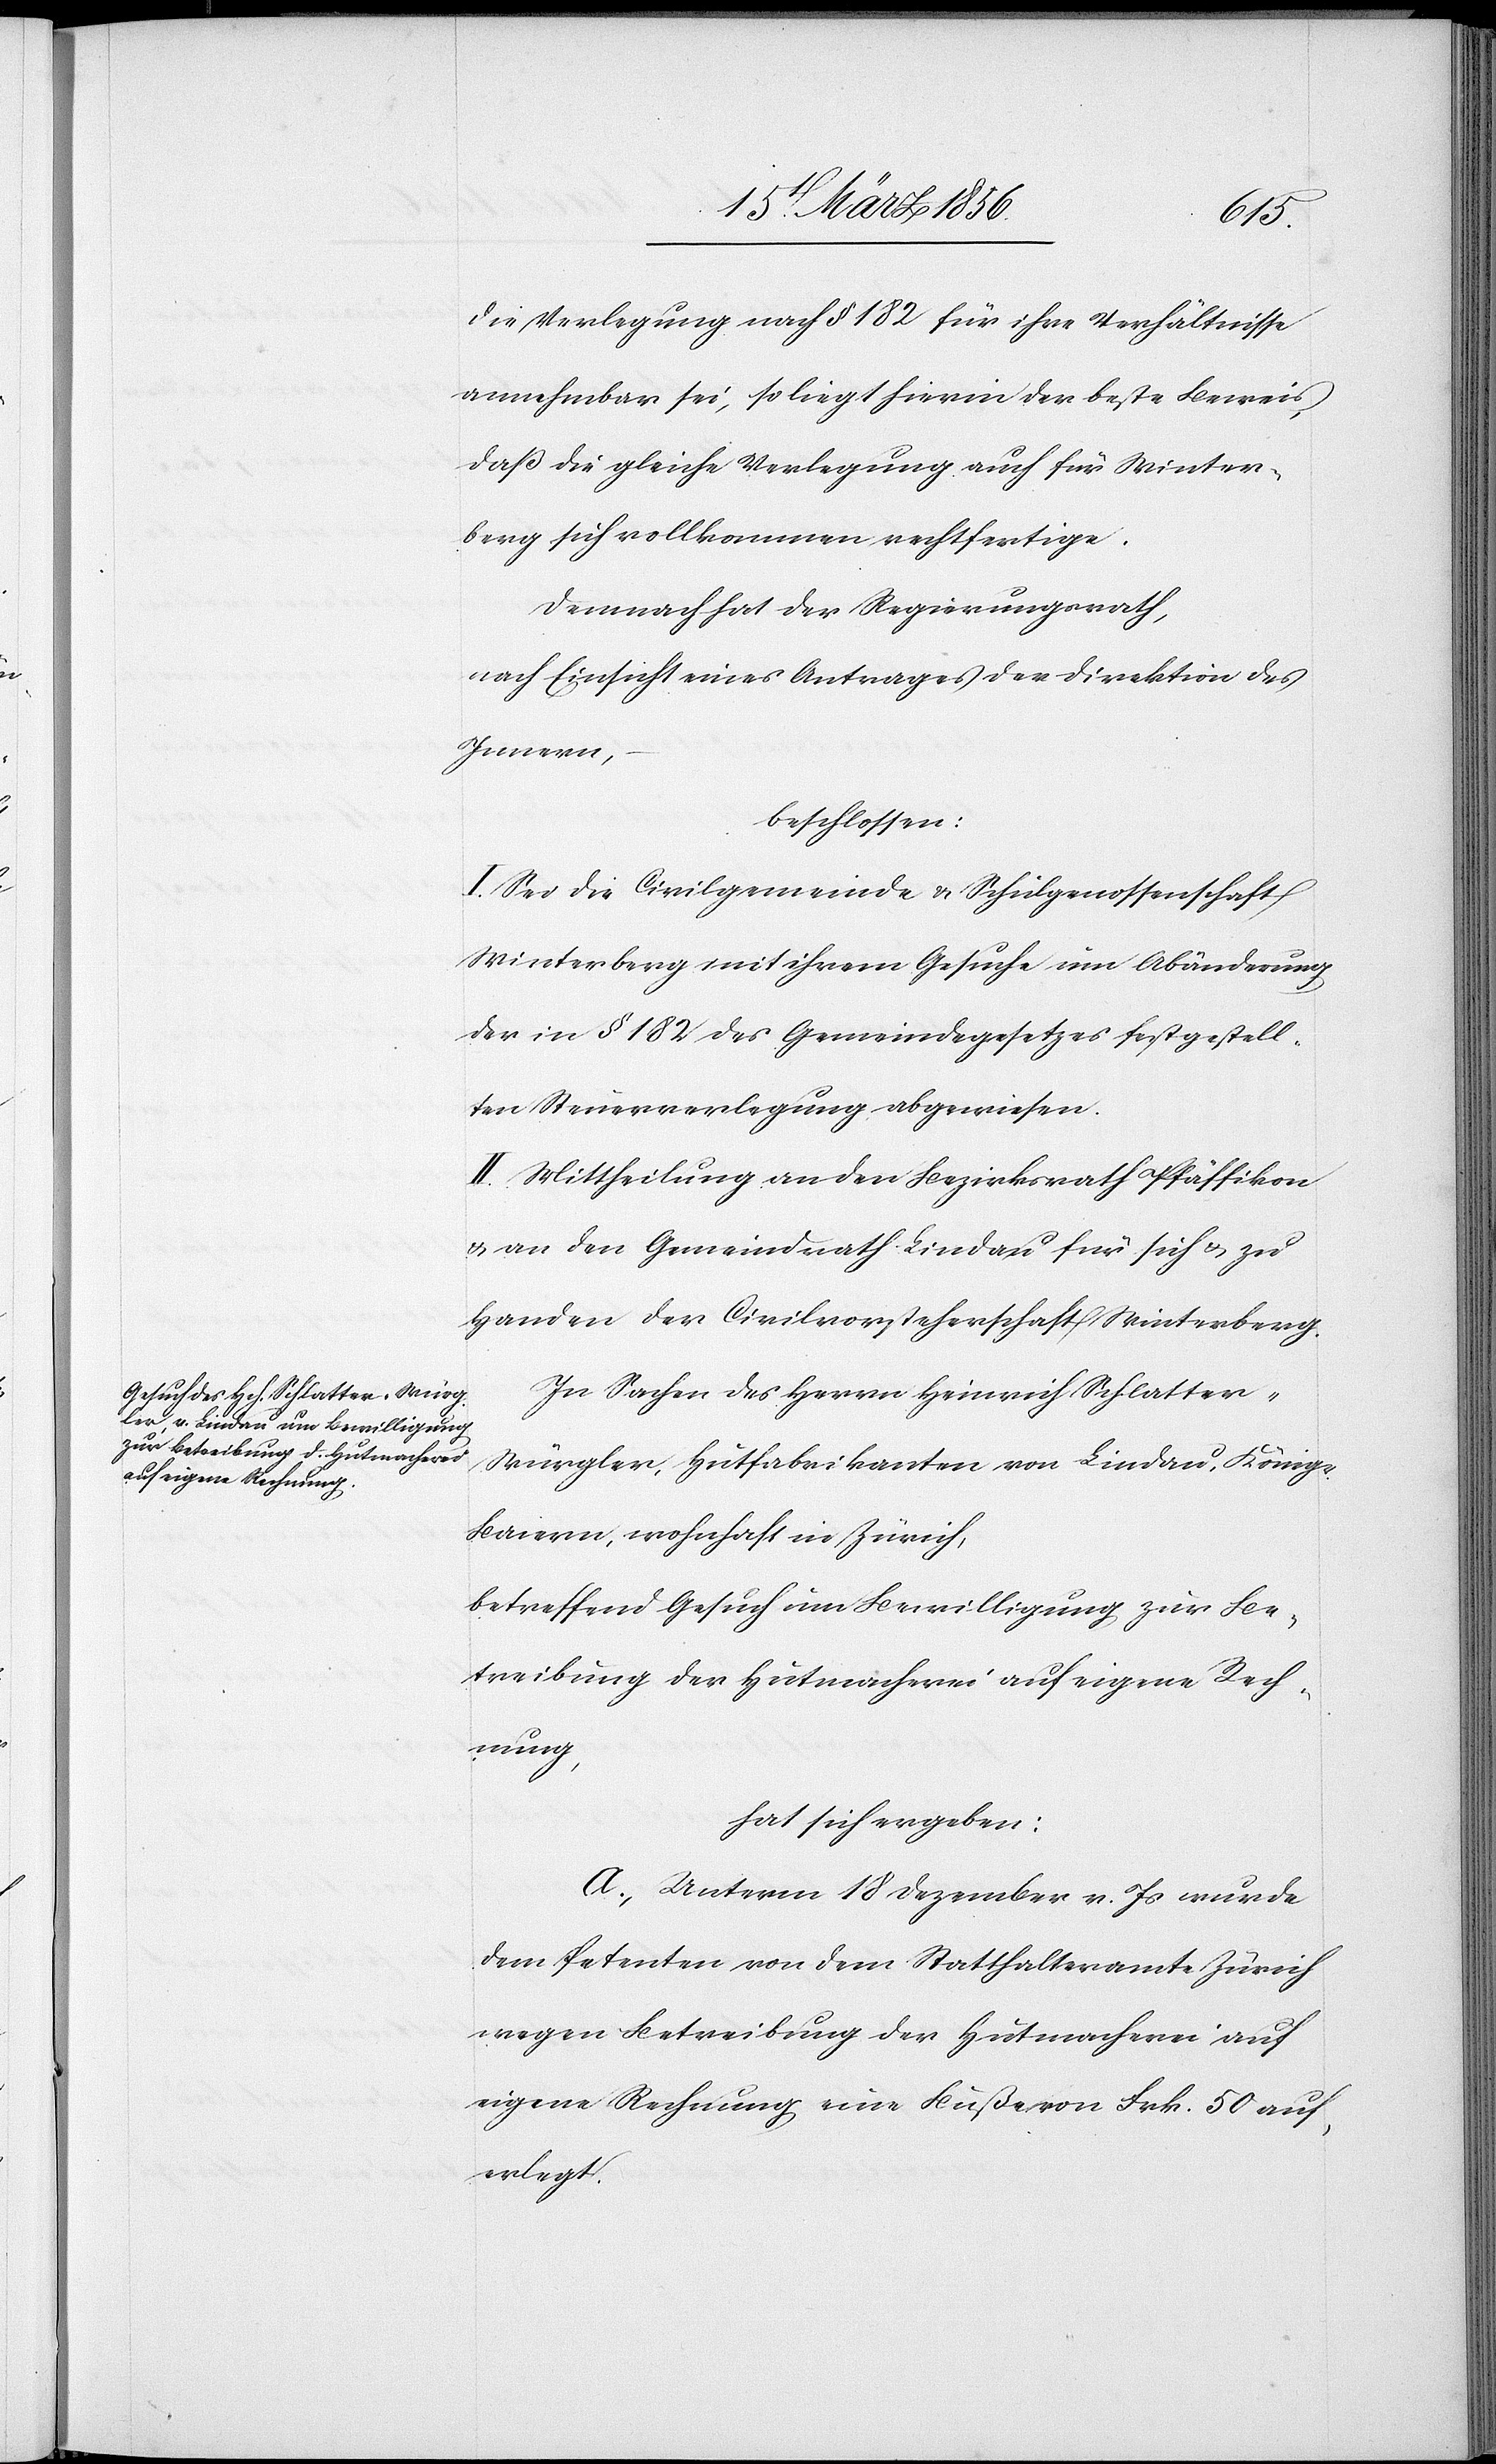
die Verlegung nach § 182 für ihre Verhältnisse
annehmbar sei, so liegt hierin der beste Beweis,
daß die gleiche Verlegung auch für Winter¬
berg sich vollkommen rechtfertige.
Demnach hat der Regierungsrath,
nach Einsicht eines Antrages der Direktion des
Innern,
beschlossen:
I. Sei die Civilgemeinde & Schulgenossenschaft
Winterberg mit ihrem Gesuche um Abänderung
der in § 182 des Gemeindegesetzes festgestell¬
ten Steuerverlegung abgewiesen.
II. Mittheilung an den Bezirksrath Pfäffikon
& an den Gemeindrath Lindau für sich & zu
Handen der Civilvorsteherschaft Winterberg.
In Sachen des Herrn Heinrich Schlatter-W¬
ürgler, Hutfabrikanten von Lindau, Königr.
Baiern, wohnhaft in Zürich,
betreffend Gesuch um Bewilligung zur Be¬
treibung der Hutmacherei auf eigene Rech¬
nung,
hat sich ergeben:
A., Unterm 18 Dezember v. Js wurde
dem Petenten von dem Statthalteramte Zürich
wegen Betreibung der Hutmacherei auf
eigene Rechnung eine Buße von Frk. 50 auf¬
erlegt.